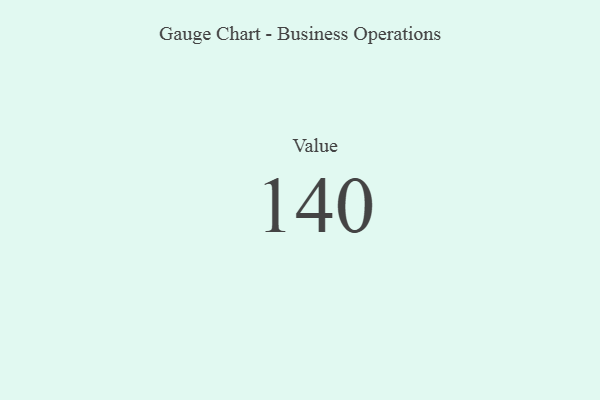
{"axis": {"x": "Metric", "y": "Value"}, "legend": [""], "data": [{"x": "Value", "y": 140, "type": ""}]}